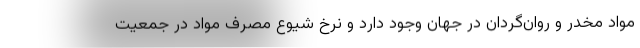
مواد مخدر و روان‌گردان در جهان وجود دارد و نرخ شیوع مصرف مواد در جمعیت